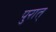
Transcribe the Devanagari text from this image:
पुरात्